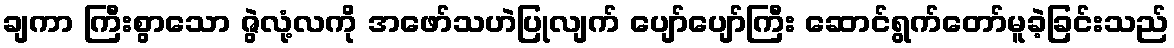
ချကာ ကြီးစွာသော ဇွဲလုံ့လကို အဖော်သဟဲပြုလျက် ပျော်ပျော်ကြီး ဆောင်ရွက်တော်မူခဲ့ခြင်းသည်